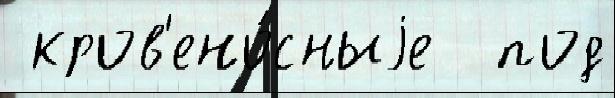
 кров'ено́сныjе  под